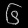
Digit: ၆